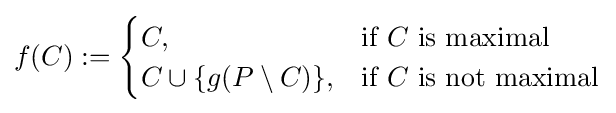
f(C)\mathrel {\mathop {:} } ={\begin{cases}C,&{\text{if}}\ C\ {\text{is maximal}}\\C\cup \{g(P\setminus C)\},&{\text{if}}\ C\ {\text{is not maximal}}\end{cases}}